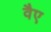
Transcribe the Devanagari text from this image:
वैए